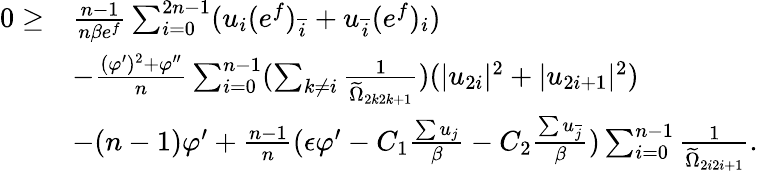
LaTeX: \begin{array}{rl}{0\geq}&{\frac{n-1}{n\beta e^{f}}\sum_{i=0}^{2n-1}(u_{i}(e^{f})_{\overline{{i}}}+u_{\overline{{i}}}(e^{f})_{i})}\\ &{-\frac{(\varphi^{\prime})^{2}+\varphi^{\prime\prime}}{n}\sum_{i=0}^{n-1}(\sum_{k\neq i}\frac{1}{\widetilde{\Omega}_{2k2k+1}})(|u_{2i}|^{2}+|u_{2i+1}|^{2})}\\ &{-(n-1)\varphi^{\prime}+\frac{n-1}{n}(\epsilon\varphi^{\prime}-C_{1}\frac{\sum u_{j}}{\beta}-C_{2}\frac{\sum u_{\overline{{j}}}}{\beta})\sum_{i=0}^{n-1}\frac{1}{\widetilde{\Omega}_{2i2i+1}}.}\end{array}